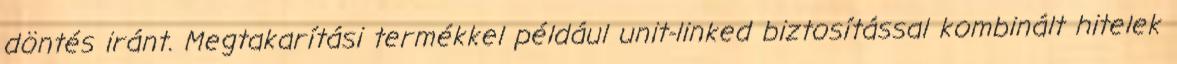
döntés iránt. Megtakarítási termékkel például unit-linked biztosítással kombinált hitelek